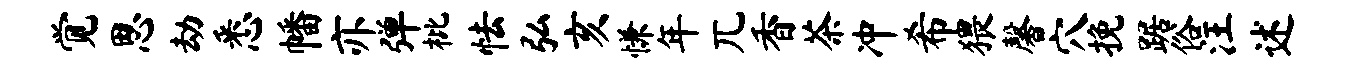
觉思劫悉幡亦弹枇怯弘亥慊年兀香茶冲希猥馨穴挽踞俗汪述